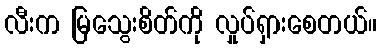
လီးက မြသွေးစိတ်ကို လှုပ်ရှားစေတယ်။